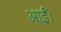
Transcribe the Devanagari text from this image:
आईँ।